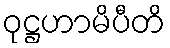
ဝုဋ္ဌဟာမိပီတိ